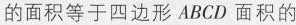
的面积等于四边形ABCD面积的